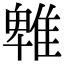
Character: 𨿵